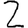
Digit: 2